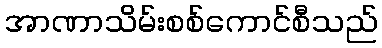
အာဏာသိမ်းစစ်ကောင်စီသည်